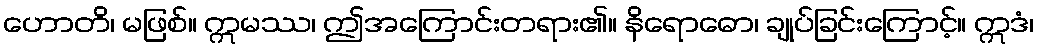
ဟောတိ၊ မဖြစ်။ ဣမဿ၊ ဤအကြောင်းတရား၏။ နိရောဓော၊ ချုပ်ခြင်းကြောင့်။ ဣဒံ၊